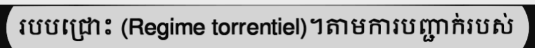
របបជ្រោះ (Regime torrentiel)។តាមការបញ្ជាក់របស់